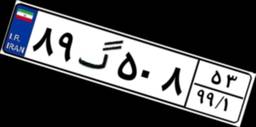
۸۹گ۵۰۸۵۳